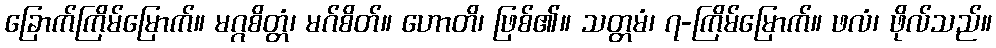
ခြောက်ကြိမ်မြောက်။ မဂ္ဂစိတ္တံ၊ မဂ်စိတ်။ ဟောတိ၊ ဖြစ်၏။ သတ္တမံ၊ ၇-ကြိမ်မြောက်။ ဖလံ၊ ဖိုလ်သည်။